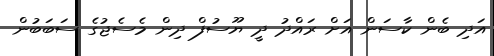
އަދި ބެން ކާސަން އަށް ރައްދު ދީ ޔޫސުފް ދިން މެސެޖުގެ ސަބަބުން